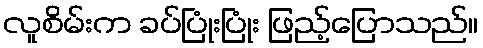
လူစိမ်းက ခပ်ပြုံးပြုံး ဖြည့်ပြောသည်။